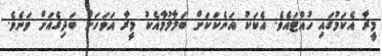
މީރާ އެކަމުގައި ހުއްޓައެވެ. އެކަކު އަނެކަކަށް ބަލާލުމާއެކު މީރާ އަވަހަށް ބަދިގެއަށް ވަނެވެ.